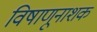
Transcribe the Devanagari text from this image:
विषाणूनाशक